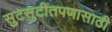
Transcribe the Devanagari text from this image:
सुटसुटीतपणासाठी